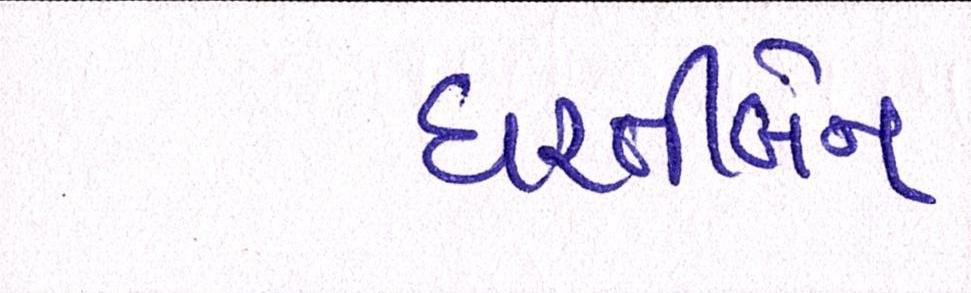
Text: ધરતીબેન